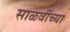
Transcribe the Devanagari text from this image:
साळवींच्या